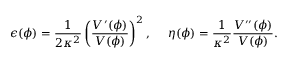
\epsilon ( \phi ) = \frac { 1 } { 2 \kappa ^ { 2 } } \left( \frac { V ^ { \prime } ( \phi ) } { V ( \phi ) } \right) ^ { 2 } , ~ ~ ~ ~ \eta ( \phi ) = \frac { 1 } { \kappa ^ { 2 } } \frac { V ^ { \prime \prime } ( \phi ) } { V ( \phi ) } .